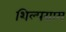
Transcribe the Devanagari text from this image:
शिल्‍पग्राम